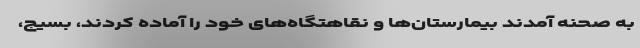
به صحنه آمدند بیمارستان‌ها و نقاهتگاه‌های خود را آماده کردند، بسیج،